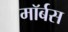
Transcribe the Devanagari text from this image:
मॉर्बस